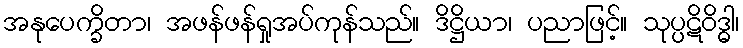
အနုပေက္ခိတာ၊ အဖန်ဖန်ရှုအပ်ကုန်သည်။ ဒိဋ္ဌိယာ၊ ပညာဖြင့်။ သုပ္ပဋိဝိဒ္ဓါ၊